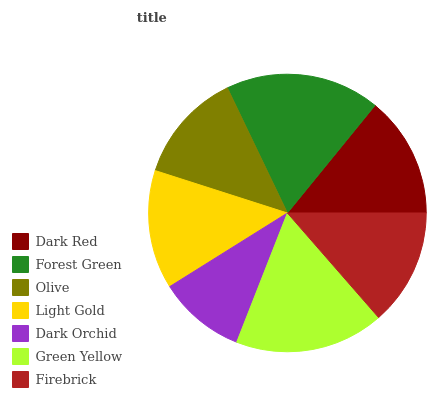
| Dark Red | Forest Green | Olive | Light Gold | Dark Orchid | Green Yellow | Firebrick |
 | --- | --- | --- | --- | --- | --- | --- |
 | 14.1% | 18% | 12.9% | 13.8% | 10.2% | 17.4% | 13.6% |